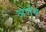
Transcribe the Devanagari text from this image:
अर्णब